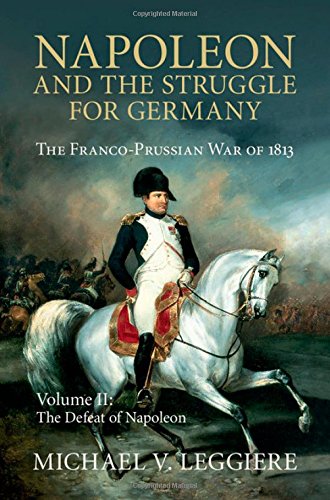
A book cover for Napoleon and the Struggle for Germany: The Franco-Prussian War of 1813 (Cambridge Military Histories) (Volume 2); Michael V. Leggiere; History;